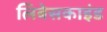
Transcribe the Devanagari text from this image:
लिबेसकाइंड